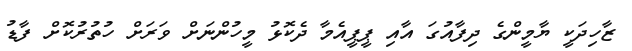
ޒާހިދަކީ ޔާމީންގެ ދިފާއުގަ އާއި ޕީޕީއެމާ ދެކޮޅު މީހުންނަށް ވަރަށް ހުތުރުކޮށް ފާޑު